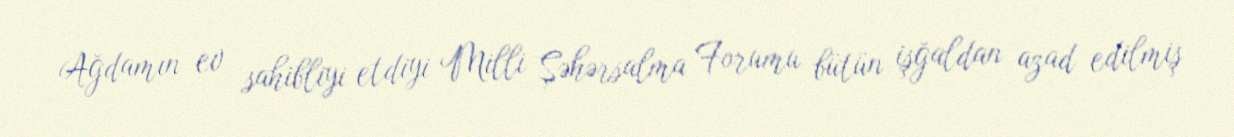
Ağdamın ev sahibliyi etdiyi Milli Şəhərsalma Forumu bütün işğaldan azad edilmiş